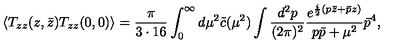
\langle T _ { z z } ( z , \bar { z } ) T _ { z z } ( 0 , 0 ) \rangle = \frac { \pi } { 3 \cdot 1 6 } \int _ { 0 } ^ { \infty } d \mu ^ { 2 } \tilde { c } ( \mu ^ { 2 } ) \int \frac { d ^ { 2 } p } { ( 2 \pi ) ^ { 2 } } \frac { e ^ { \frac { i } { 2 } ( p \bar { z } + \bar { p } z ) } } { p \bar { p } + \mu ^ { 2 } } \bar { p } ^ { 4 } ,